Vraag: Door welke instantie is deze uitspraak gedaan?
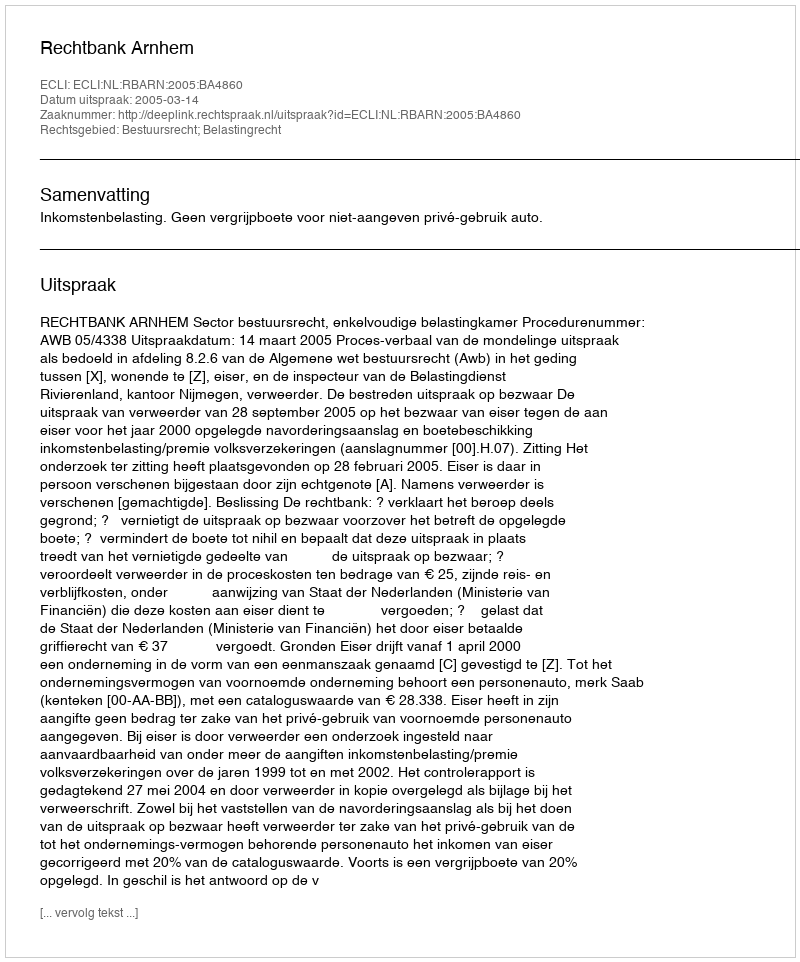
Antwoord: Rechtbank Arnhem